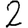
Digit: 2